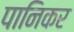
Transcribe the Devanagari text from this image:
पानिकर